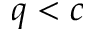
q < c